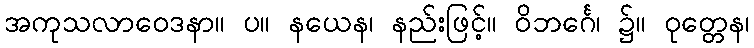
အကုသလာဝေဒနာ။ ပ။ နယေန၊ နည်းဖြင့်။ ဝိဘင်္ဂေ၊ ၌။ ဝုတ္တေန၊